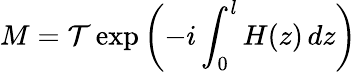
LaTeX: M=\mathcal{T}\exp{\left(-i\int_{0}^{l}H(z)\, dz\right)}